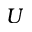
U